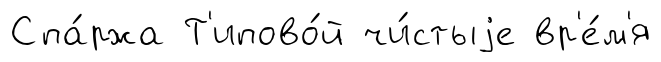
Спа́ржа Т'ипово́й чи́стыjе вр'е́м'я